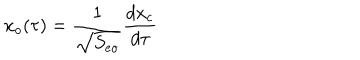
x _ { o } ( \tau ) = { \frac { 1 } { \sqrt { S _ { e o } } } } { \frac { d x _ { c } } { d \tau } }